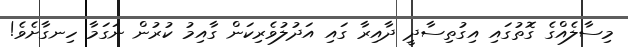
މިސާލެއްގެ ގޮތުގައި އިގުތިސާދީ ދާއިރާ ގައި އަދުލުވެރިކަން ގާއިމު ކުރުން ނަގަމާ ހިނގާށެވެ!